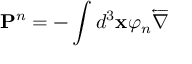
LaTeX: \mathbf { P } ^ { n } = - \int d ^ { 3 } \mathbf { x } \varphi _ { n } \overleftarrow { \nabla }